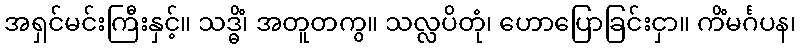
အရှင်မင်းကြီးနှင့်။ သဒ္ဓိံ၊ အတူတကွ။ သလ္လပိတုံ၊ ဟောပြောခြင်းငှာ။ ကိံမင်္ဂပန၊